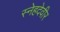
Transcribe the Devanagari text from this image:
स्नेहदेवीर